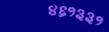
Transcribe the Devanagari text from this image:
४६१३३१